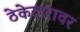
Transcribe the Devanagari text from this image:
ठेकेदारावर